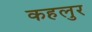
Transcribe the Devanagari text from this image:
कहलुर